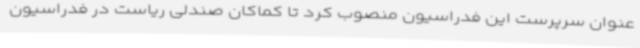
عنوان سرپرست این فدراسیون منصوب کرد تا کماکان صندلی ریاست در فدراسیون